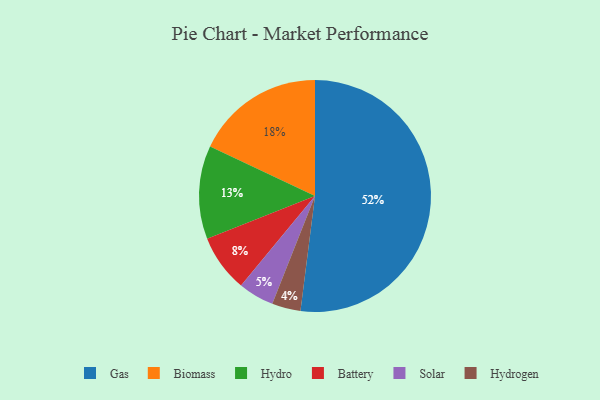
{"axis": {"x": "Category", "y": "Percentage"}, "legend": ["Battery", "Biomass", "Gas", "Hydro", "Hydrogen", "Solar"], "data": [{"x": "Gas", "y": 52, "type": "Gas"}, {"x": "Hydrogen", "y": 4, "type": "Hydrogen"}, {"x": "Biomass", "y": 18, "type": "Biomass"}, {"x": "Solar", "y": 5, "type": "Solar"}, {"x": "Hydro", "y": 13, "type": "Hydro"}, {"x": "Battery", "y": 8, "type": "Battery"}]}